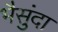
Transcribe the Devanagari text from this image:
भैसुंदा